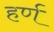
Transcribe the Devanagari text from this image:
हर्ण